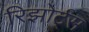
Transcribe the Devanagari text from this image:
रिझोर्ट्स